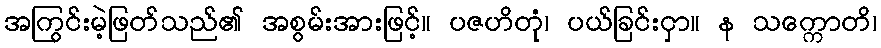
အကြွင်းမဲ့ဖြတ်သည်၏ အစွမ်းအားဖြင့်။ ပဇဟိတုံ၊ ပယ်ခြင်းငှာ။ န သက္ကောတိ၊